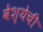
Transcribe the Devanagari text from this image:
वेश्येची